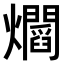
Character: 𤓁